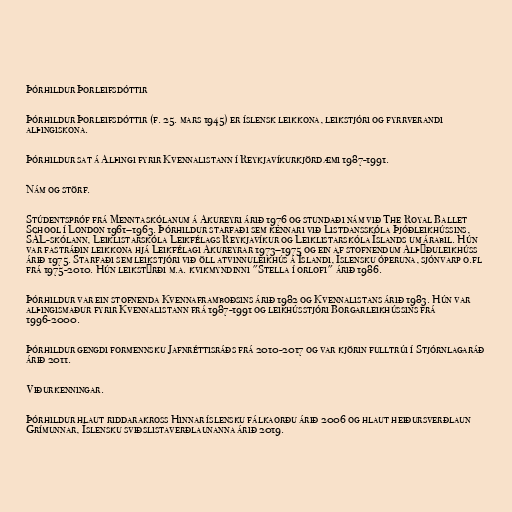
Þórhildur Þorleifsdóttir

Þórhildur Þorleifsdóttir (f. 25. mars 1945) er íslensk leikkona, leikstjóri og fyrrverandi
alþingiskona.

Þórhildur sat á Alþingi fyrir Kvennalistann í Reykjavíkurkjördæmi 1987-1991.

Nám og störf.

Stúdentspróf frá Menntaskólanum á Akureyri árið 1976 og stundaði nám við The Royal Ballet
School í London 1961–1963. Þórhildur starfaði sem kennari við Listdansskóla Þjóðleikhússins,
SÁL-skólann, Leiklistarskóla Leikfélags Reykjavíkur og Leiklistarskóla Íslands um árabil. Hún
var fastráðin leikkona hjá Leikfélagi Akureyrar 1973–1975 og ein af stofnendum Alþýðuleikhúss
árið 1975. Starfaði sem leikstjóri við öll atvinnuleikhús á Íslandi, Íslensku óperuna, sjónvarp o.fl
frá 1975-2010. Hún leikstýrði m.a. kvikmyndinni "Stella í orlofi" árið 1986.

Þórhildur var ein stofnenda Kvennaframboðsins árið 1982 og Kvennalistans árið 1983. Hún var
alþingismaður fyrir Kvennalistann frá 1987-1991 og leikhússtjóri Borgarleikhússins frá
1996-2000.

Þórhildur gengdi formennsku Jafnréttisráðs frá 2010-2017 og var kjörin fulltrúi í Stjórnlagaráð
árið 2011.

Viðurkenningar.

Þórhildur hlaut riddarakross Hinnar íslensku fálkaorðu árið 2006 og hlaut heiðursverðlaun
Grímunnar, Íslensku sviðslistaverðlaunanna árið 2019.